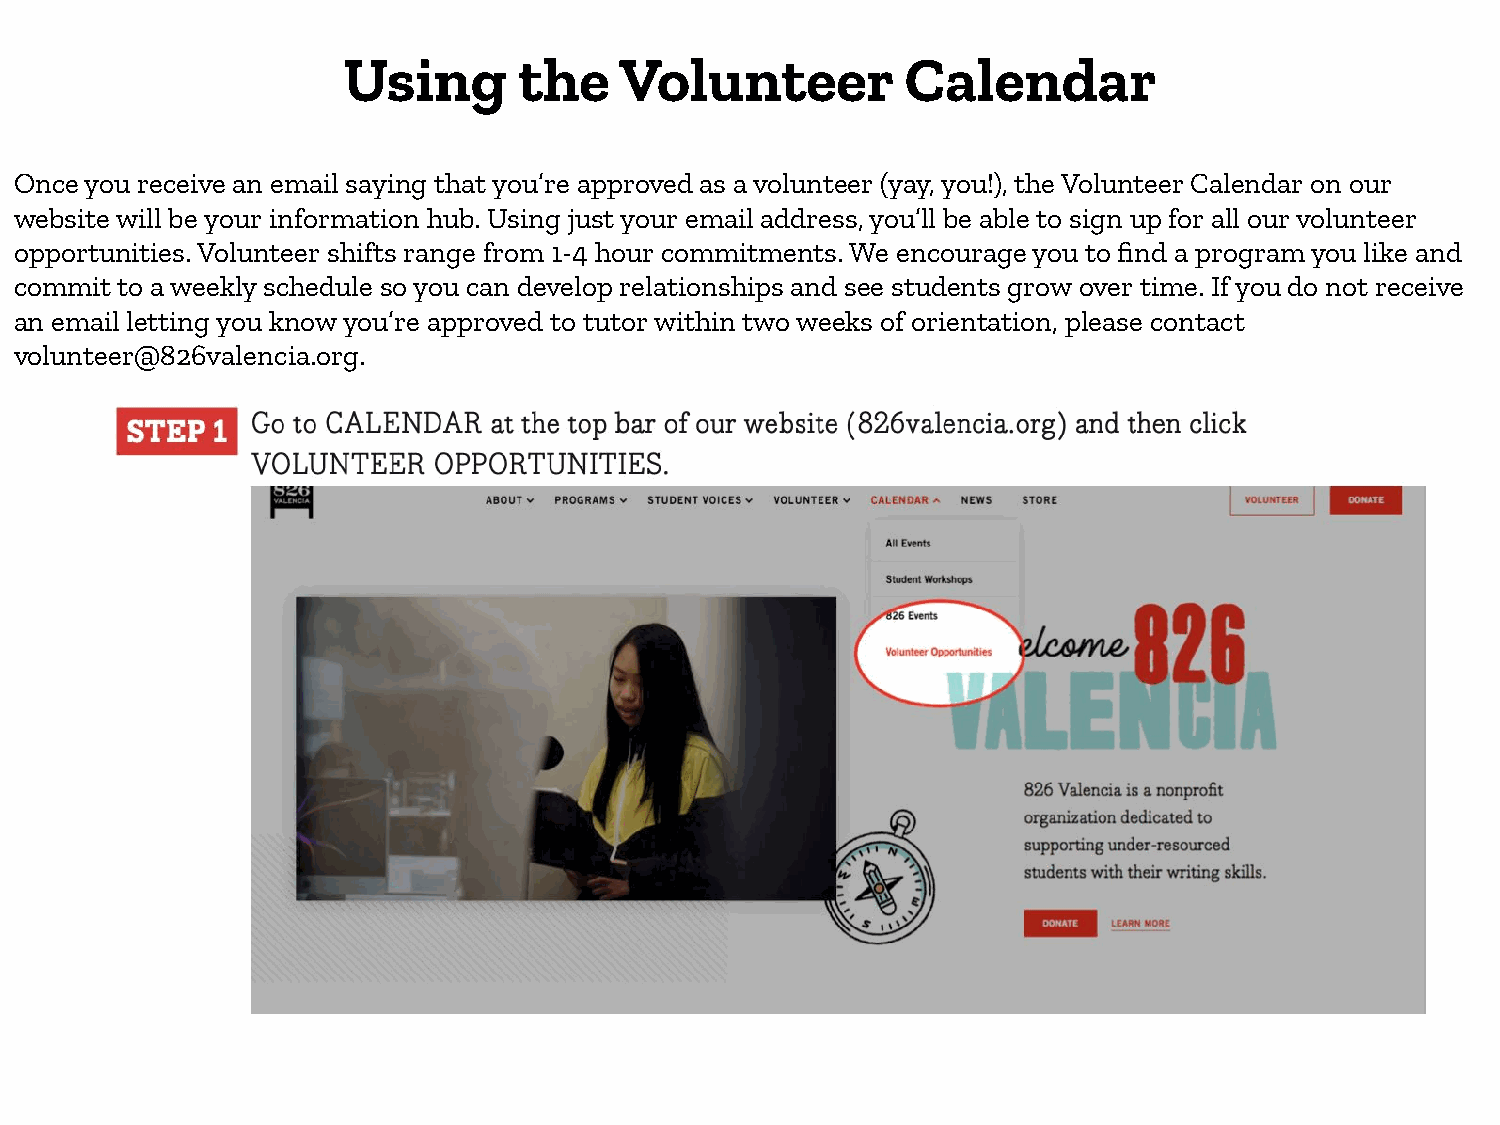
Using      the    Volunteer          Calendar
 Once you receive an email saying that you’re approved as a volunteer (yay, you!), the Volunteer Calendar on our
 website will be your information hub. Using just your email address, you’ll be able to sign up for all our volunteer
 opportunities. Volunteer shifts range from 1-4 hour commitments. We encourage you to find a program you like and
 commit to a weekly schedule so you can develop relationships and see students grow over time. If you do not receive
 an email letting you know you’re approved to tutor within two weeks of orientation, please contact
 volunteer@826valencia.org.